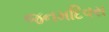
જનમદિવસ